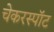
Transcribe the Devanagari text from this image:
चेकरस्पॉट